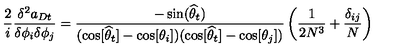
\frac { 2 } { i } \frac { \delta ^ { 2 } a _ { D t } } { \delta \phi _ { i } \delta \phi _ { j } } = \frac { - \sin ( \widehat { \theta } _ { t } ) } { ( \cos [ \widehat { \theta } _ { t } ] - \cos [ \theta _ { i } ] ) ( \cos [ \widehat { \theta } _ { t } ] - \cos [ \theta _ { j } ] ) } \left( \frac { 1 } { 2 N ^ { 3 } } + \frac { \delta _ { i j } } { N } \right)